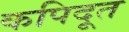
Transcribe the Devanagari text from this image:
कपिदूत